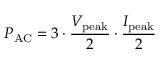
P _ { \mathrm { A C } } = 3 \cdot { \frac { V _ { \mathrm { p e a k } } } { 2 } } \cdot { \frac { I _ { \mathrm { p e a k } } } { 2 } }